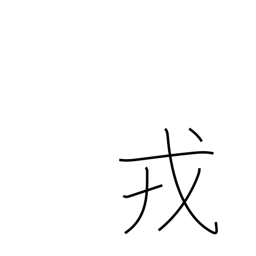
Meaning: arms